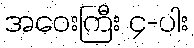
အဝေးကြီး ၄-ပါး